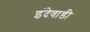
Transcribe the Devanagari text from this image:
इंदेवाडी